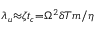
\lambda _ { u } { \approx } { \zeta } t _ { c } { = } \Omega ^ { 2 } { \delta } T m / \eta